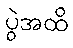
ပွဲအထိ